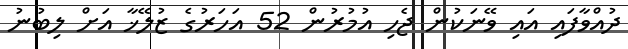
ދުއްވާފައި އައި ވޭނަކުން ޖެހި އުމުރުން 52 އަހަރުގެ ޒުލޭޚާ އަށް ލިބުނު